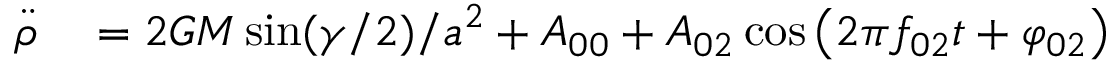
\begin{array} { r l } { \ddot { \rho } } & { { } = 2 G M \sin ( \gamma / 2 ) / a ^ { 2 } + A _ { 0 0 } + A _ { 0 2 } \cos \left( 2 \pi f _ { 0 2 } t + \varphi _ { 0 2 } \right) } \end{array}